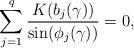
LaTeX: \begin{align*}\sum_{j=1}^q \frac{K(b_j(\gamma))}{\sin(\phi_j(\gamma))} =0,\end{align*}